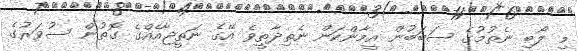
މި ލޯބި ނެތުމުގެ ސަބަބުން އީމާންކަން ނެތިދާތީވެ އޭގެ ނަތީޖާއެއްގެ ގޮތުން ސުވަރުގެ